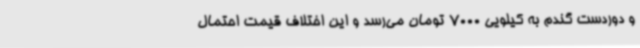
و دوردست گندم به کیلویی 7000 تومان می‌رسد و این اختلاف قیمت احتمال